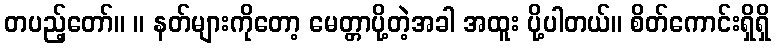
တပည့်တော်။ ။ နတ်များကိုတော့ မေတ္တာပို့တဲ့အခါ အထူး ပို့ပါတယ်။ စိတ်ကောင်းရှိရှိ